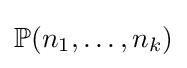
\mathbb {P} (n_{1},\ldots ,n_{k})